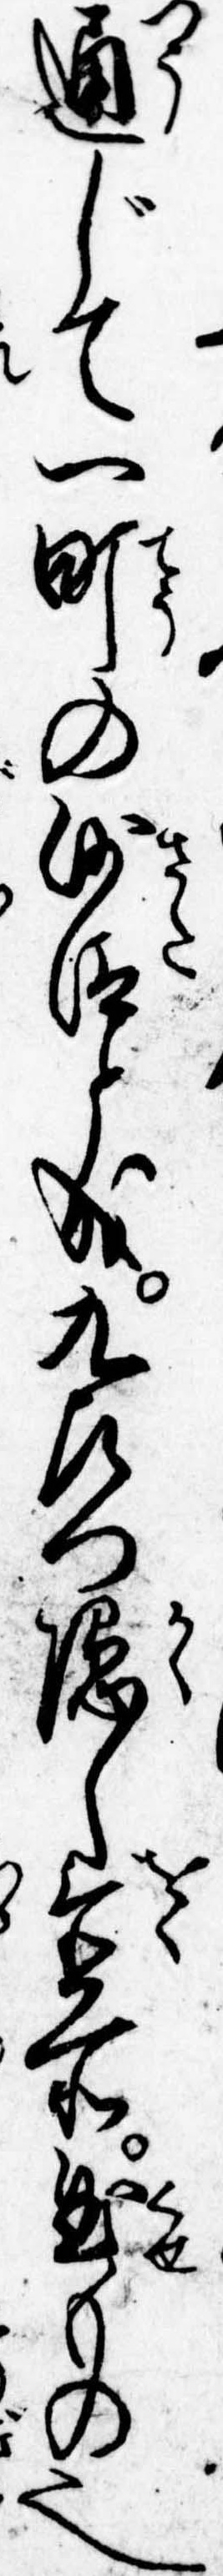
通じて一町の沙汰と成九左門隠し置所曲もの也